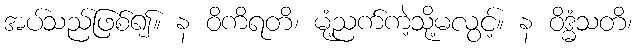
အပ်သည်ဖြစ်၍။ န ဝိကိရတိ၊ မုံ့ညက်ကဲ့သို့မလွင့်။ န ဝိဒ္ဓံသတိ၊